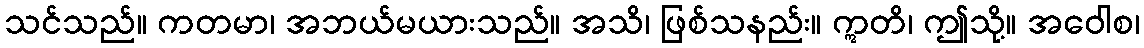
သင်သည်။ ကတမာ၊ အဘယ်မယားသည်။ အသိ၊ ဖြစ်သနည်း။ ဣတိ၊ ဤသို့။ အဝေါစ၊